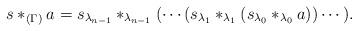
LaTeX: \begin{align*}s*_{(\Gamma)}a=s_{\lambda_{n-1}} *_{\lambda_{n-1}}(\cdots(s_{\lambda_1} *_{\lambda_1}(s_{\lambda_0}*_{\lambda_0}a))\cdots).\end{align*}